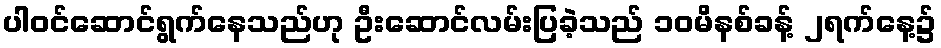
ပါဝင်ဆောင်ရွက်နေသည်ဟု ဦးဆောင်လမ်းပြခဲ့သည် ၁၀မိနစ်ခန့် ၂ရက်နေ့၌